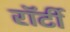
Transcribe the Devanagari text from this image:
रॉर्टी